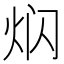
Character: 𤇄